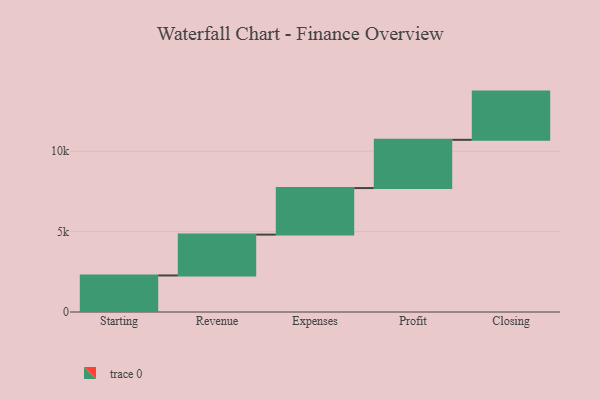
{"axis": {"x": "Step", "y": "Value"}, "legend": [""], "data": [{"x": "Starting", "y": 2273.0, "type": ""}, {"x": "Revenue", "y": 2541.0, "type": ""}, {"x": "Expenses", "y": 2895.0, "type": ""}, {"x": "Profit", "y": 3000, "type": ""}, {"x": "Closing", "y": 3000, "type": ""}]}